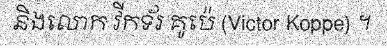
និងលោក វីកទ័រ គូប៉េ (Victor Koppe) ។